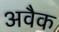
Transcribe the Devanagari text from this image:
अवैक